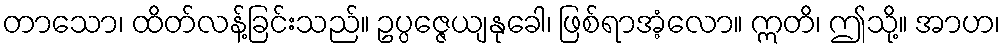
တာသော၊ ထိတ်လန့်ခြင်းသည်။ ဥပ္ပဇ္ဇေယျနုခေါ၊ ဖြစ်ရာအံ့လော။ ဣတိ၊ ဤသို့။ အာဟ၊